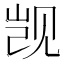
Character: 觊